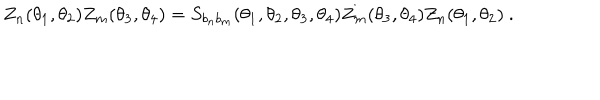
Z _ { n } ( \theta _ { 1 } , \theta _ { 2 } ) Z _ { m } ( \theta _ { 3 } , \theta _ { 4 } ) = S _ { b _ { n } b _ { m } } ( \theta _ { 1 } , \theta _ { 2 } , \theta _ { 3 } , \theta _ { 4 } ) Z _ { m } ( \theta _ { 3 } , \theta _ { 4 } ) Z _ { n } ( \theta _ { 1 } , \theta _ { 2 } ) ~ .